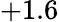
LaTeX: +1.6